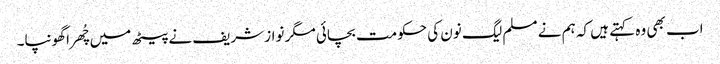
اب بھی وہ کہتے ہیں کہ ہم نے مسلم لیگ نون کی حکومت بچائی مگر نواز شریف نے پیٹھ میں چُھرا گھونپا۔